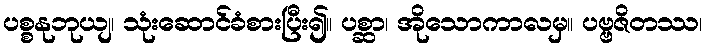
ပစ္စနုဘုယျ၊ သုံးဆောင်ခံစားပြီး၍။ ပစ္ဆာ၊ အိုသောကာလမှ။ ပဗ္ဗဇိတဿ၊